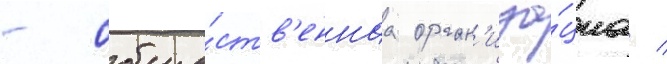
- обще́ств'еннаа орган'иза́циа /